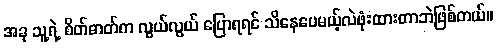
အခု သူ့ရဲ့ စိတ်ဓာတ်က လွယ်လွယ် ပြောရရင် သိနေပေမယ့်လဲဖုံးထားတာဘဲဖြစ်တယ်။